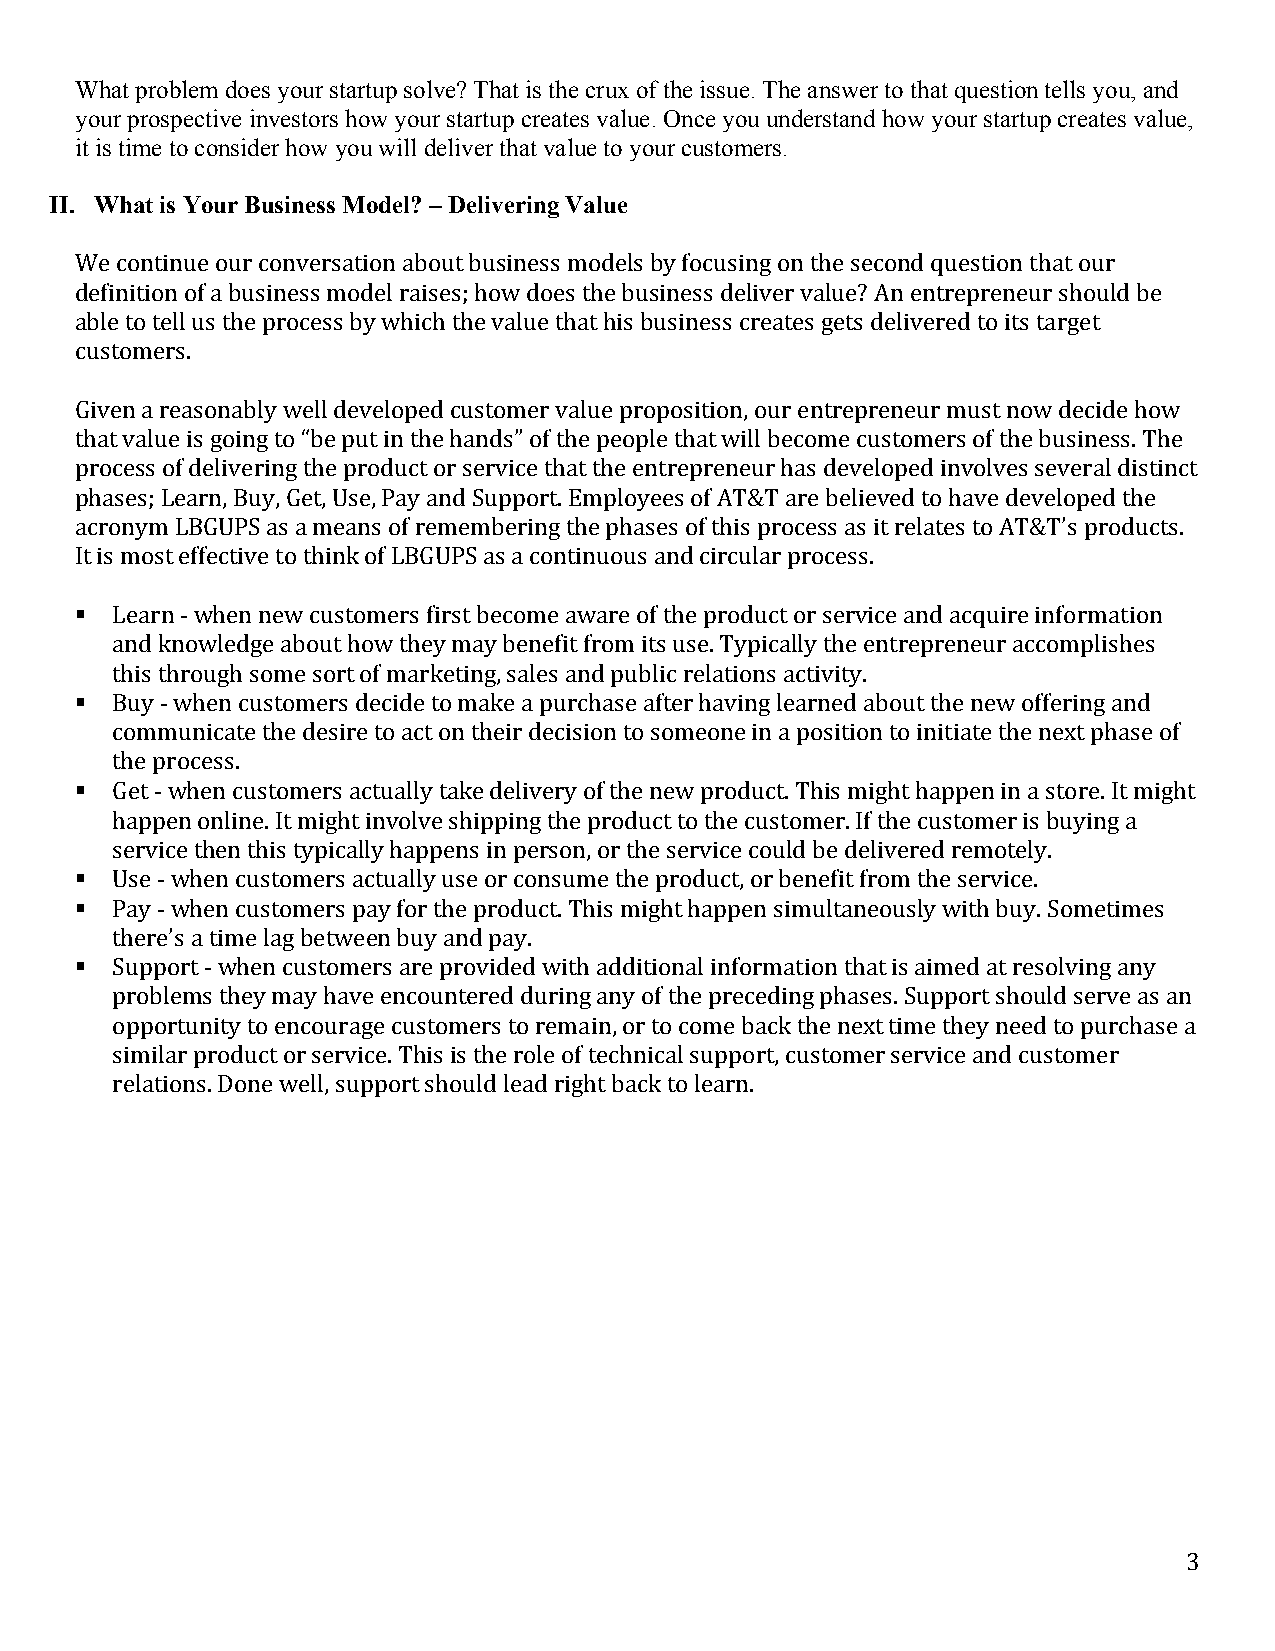
What problem does your startup solve? That is the crux of the issue. The answer to that question tells you, and
 your prospective investors how your startup creates value. Once you understand how your startup creates value,
 it is time to consider how you will deliver that value to your customers.
 II. What is Your Business Model? – Delivering Value
 We continue our conversation about business models by focusing on the second question that our
 definition of a business model raises; how does the business deliver value? An entrepreneur should be
 able to tell us the process by which the value that his business creates gets delivered to its target
 customers.
 Given a reasonably well developed customer value proposition, our entrepreneur must now decide how
 that value is going to “be put in the hands” of the people that will become customers of the business. The
 process of delivering the product or service that the entrepreneur has developed involves several distinct
 phases; Learn, Buy, Get, Use, Pay and Support. Employees of AT&T are believed to have developed the
 acronym LBGUPS as a means of remembering the phases of this process as it relates to AT&T’s products.
 It is most effective to think of LBGUPS as a continuous and circular process.
 § Learn -­‐ when new customers first become aware of the product or service and acquire information
 and knowledge about how they may benefit from its use. Typically the entrepreneur accomplishes
 this through some sort of marketing, sales and public relations activity.
 § Buy -­‐ when customers decide to make a purchase after having learned about the new offering and
 communicate the desire to act on their decision to someone in a position to initiate the next phase of
 the process.
 § Get -­‐ when customers actually take delivery of the new product. This might happen in a store. It might
 happen online. It might involve shipping the product to the customer. If the customer is buying a
 service then this typically happens in person, or the service could be delivered remotely.
 § Use -­‐ when customers actually use or consume the product, or benefit from the service.
 § Pay -­‐ when customers pay for the product. This might happen simultaneously with buy. Sometimes
 there’s a time lag between buy and pay.
 § Support -­‐ when customers are provided with additional information that is aimed at resolving any
 problems they may have encountered during any of the preceding phases. Support should serve as an
 opportunity to encourage customers to remain, or to come back the next time they need to purchase a
 similar product or service. This is the role of technical support, customer service and customer
 relations. Done well, support should lead right back to learn.
 3